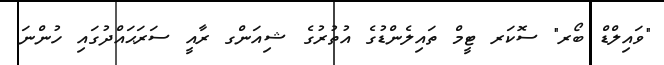
"ވައިލްޑް ބޯރ" ސޮކަރ ޓީމް ތައިލެންޑުގެ އުތުރުގެ ޝިއަންގ ރާއީ ސަރަޙައްދުގައި ހުންނަ